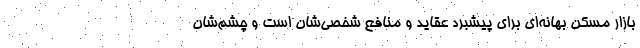
بازار مسکن بهانه‌ای برای پیشبرد عقاید و منافع شخصی‌شان است و چشم‌شان